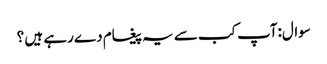
سوال:آپ کب سے یہ پیغام دے رہے ہیں ؟